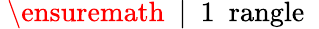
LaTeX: \mathrm{~\ensuremath~{~\vert~\mathrm{~1~\ rangle~}}~}